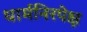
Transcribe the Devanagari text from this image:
धार्मनिरपेक्ष